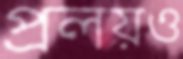
প্রলয়ও